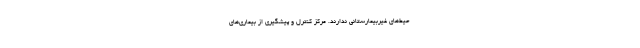
حیط‌های غیربیمارستانی ندارند. مرکز کنترل و پیشگیری از بیماری‌های